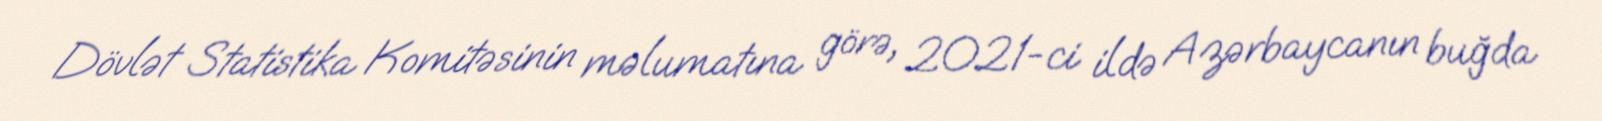
Dövlət Statistika Komitəsinin məlumatına görə, 2021-ci ildə Azərbaycanın buğda